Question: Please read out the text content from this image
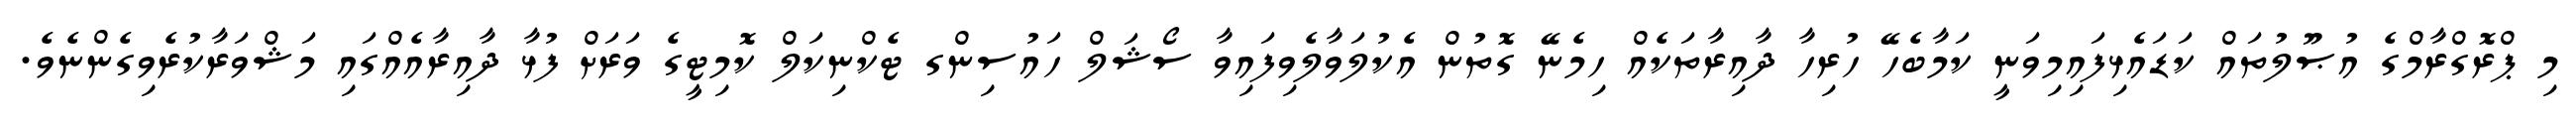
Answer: މި ޕްރޮގްރާމްގެ އުޞޫލުތައް ކަޑައެޅިފައިމިވަނީ ކަމާބެހޭ ހުރިހާ ދާއިރާތަކެއް ހިމެނޭ ގޮތުން އެކުލަވާލެވިފައިވާ ސޯޝަލް ހައުސިންގ ޓެކްނިކަލް ކޮމިޓީގެ ވަރަށް ފުޅާ ދާއިރާއެއްގައި މަޝްވަރާކުރެވިގެންނެވެ.